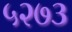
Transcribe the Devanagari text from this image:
५२७३